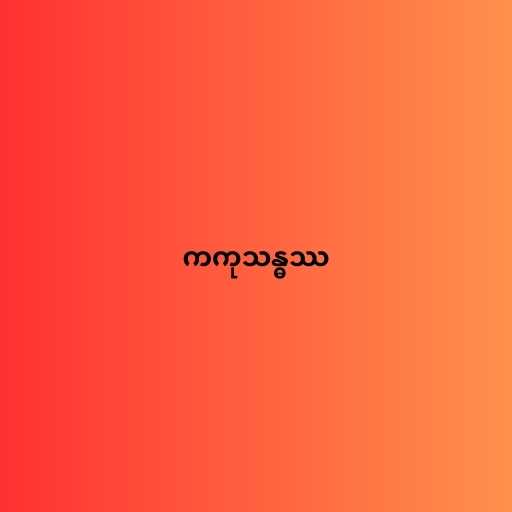
ကကုသန္ဓဿ